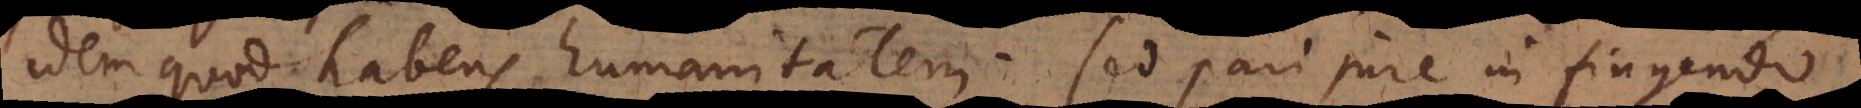
idem quod habens humanitatem. Sed pari jure in fingendo